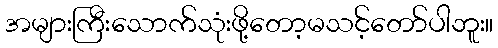
အများကြီးသောက်သုံးဖို့တော့မသင့်တော်ပါဘူး။